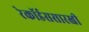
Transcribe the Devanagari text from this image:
रेकॉर्डससारखी